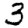
Digit: 3